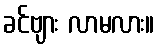
ခင်ဗျား လာမလား။